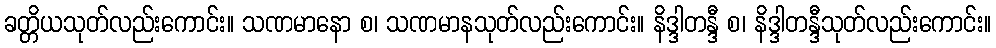
ခတ္တိယသုတ်လည်းကောင်း။ သဏမာနော စ၊ သဏမာနသုတ်လည်းကောင်း။ နိဒ္ဒါတန္ဒီ စ၊ နိဒ္ဒါတန္ဒီသုတ်လည်းကောင်း။